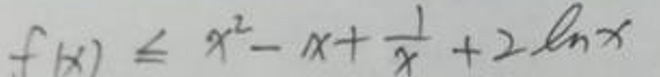
\[
f(x)\leq x^{2}-x+\frac{1}{x}+2\ln x
\]